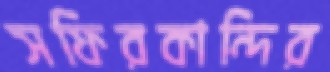
সফিরকান্দির